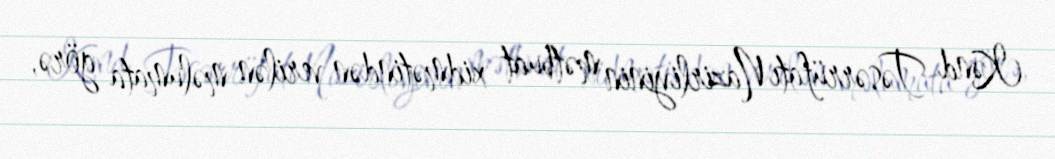
Kənd Təsərrüfatı Nazirliyinin mətbuat xidmətindən verilən məlumata görə,